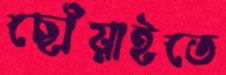
ছোঁয়াইতে